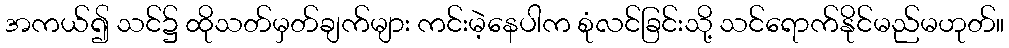
အကယ်၍ သင်၌ ထိုသတ်မှတ်ချက်များ ကင်းမဲ့နေပါက စုံလင်ခြင်းသို့ သင်ရောက်နိုင်မည်မဟုတ်။